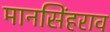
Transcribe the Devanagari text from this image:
मानसिंहराव